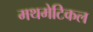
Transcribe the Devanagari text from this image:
मथमेटिकल